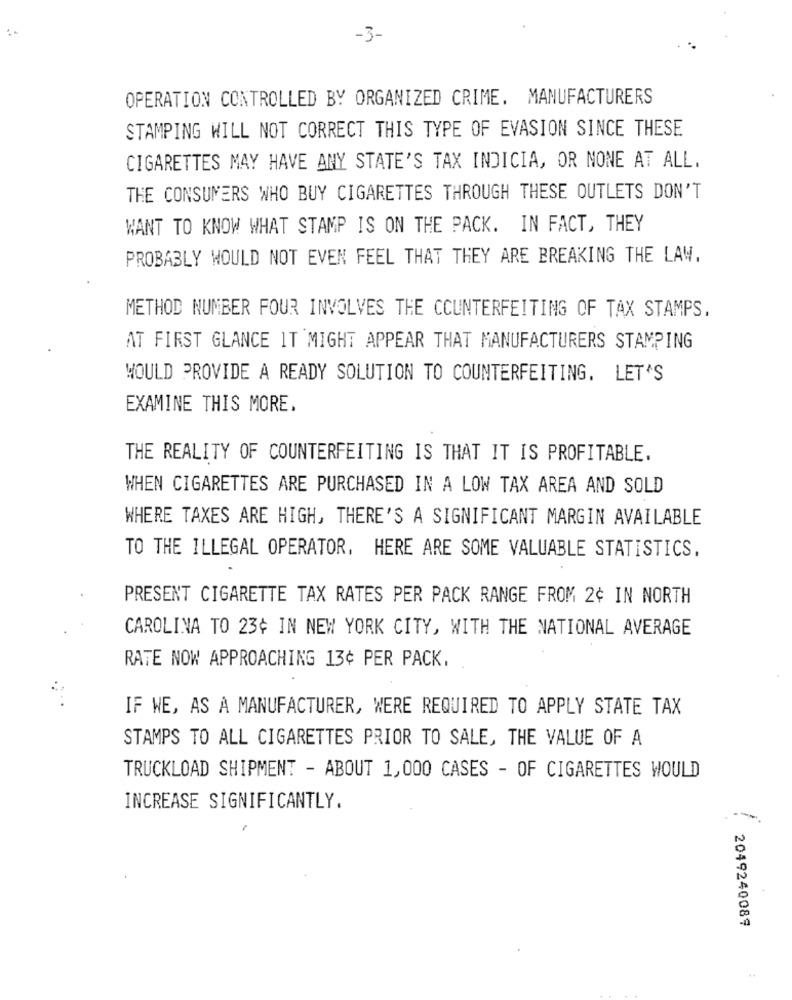
-3-
OPERATION CONTROLLED BY ORGANIZED CRIME. MANUFACTURERS
STAMPING WILL NOT CORRECT THIS TYPE OF EVASION SINCE THESE
CIGARETTES MAY HAVE ANY STATE'S TAX INDICIA, OR NONE AT ALL.
THE CONSUMERS WHO BUY CIGARETTES THROUGH THESE OUTLETS DON'T
WANT TO KNOW WHAT STAMP IS ON THE PACK. IN FACT, THEY
PROBABLY WOULD NOT EVEN FEEL THAT THEY ARE BREAKING THE LAW.
METHOD NUMBER FOUR INVOLVES THE COUNTERFEITING OF TAX STAMPS.
AT FIRST GLANCE IT MIGHT APPEAR THAT MANUFACTURERS STAMPING
WOULD PROVIDE A READY SOLUTION TO COUNTERFEITING. LET'S
EXAMINE THIS MORE.
THE REALITY OF COUNTERFEITING IS THAT IT IS PROFITABLE.
WHEN CIGARETTES ARE PURCHASED IN A LOW TAX AREA AND SOLD
WHERE TAXES ARE HIGH, THERE'S A SIGNIFICANT MARGIN AVAILABLE
TO THE ILLEGAL OPERATOR, HERE ARE SOME VALUABLE STATISTICS,
PRESENT CIGARETTE TAX RATES PER PACK RANGE FROM 2¢ IN NORTH
CAROLINA TO 23¢ IN NEW YORK CITY, WITH THE NATIONAL AVERAGE
RATE NOW APPROACHING 13¢ PER PACK.
IF WE, AS A MANUFACTURER, WERE REQUIRED TO APPLY STATE TAX
STAMPS TO ALL CIGARETTES PRIOR TO SALE, THE VALUE OF A
TRUCKLOAD SHIPMENT - ABOUT 1,000 CASES - OF CIGARETTES WOULD
INCREASE SIGNIFICANTLY.
2049240089